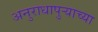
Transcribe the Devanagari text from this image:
अनुराधापुऱ्याच्या